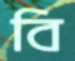
বি